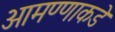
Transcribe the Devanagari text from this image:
आमण्णाकडे